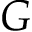
G